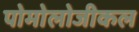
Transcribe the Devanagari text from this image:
पोमोलोजीकल